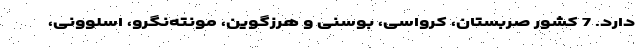
دارد. 7 کشور صربستان، کرواسی، بوسنی و هرزگوین، مونته‌نگرو، اسلوونی،